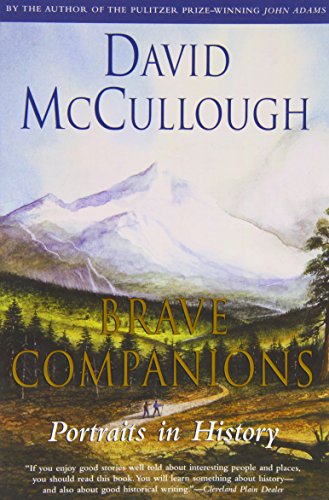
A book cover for Brave Companions: Portraits In History; David McCullough; Biographies & Memoirs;